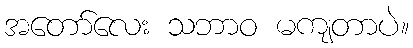
အတော်လေး သဘာဝ မကျတာပဲ။